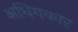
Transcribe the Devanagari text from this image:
अधिगकार